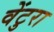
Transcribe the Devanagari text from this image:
वेंटुरा